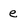
Character: e